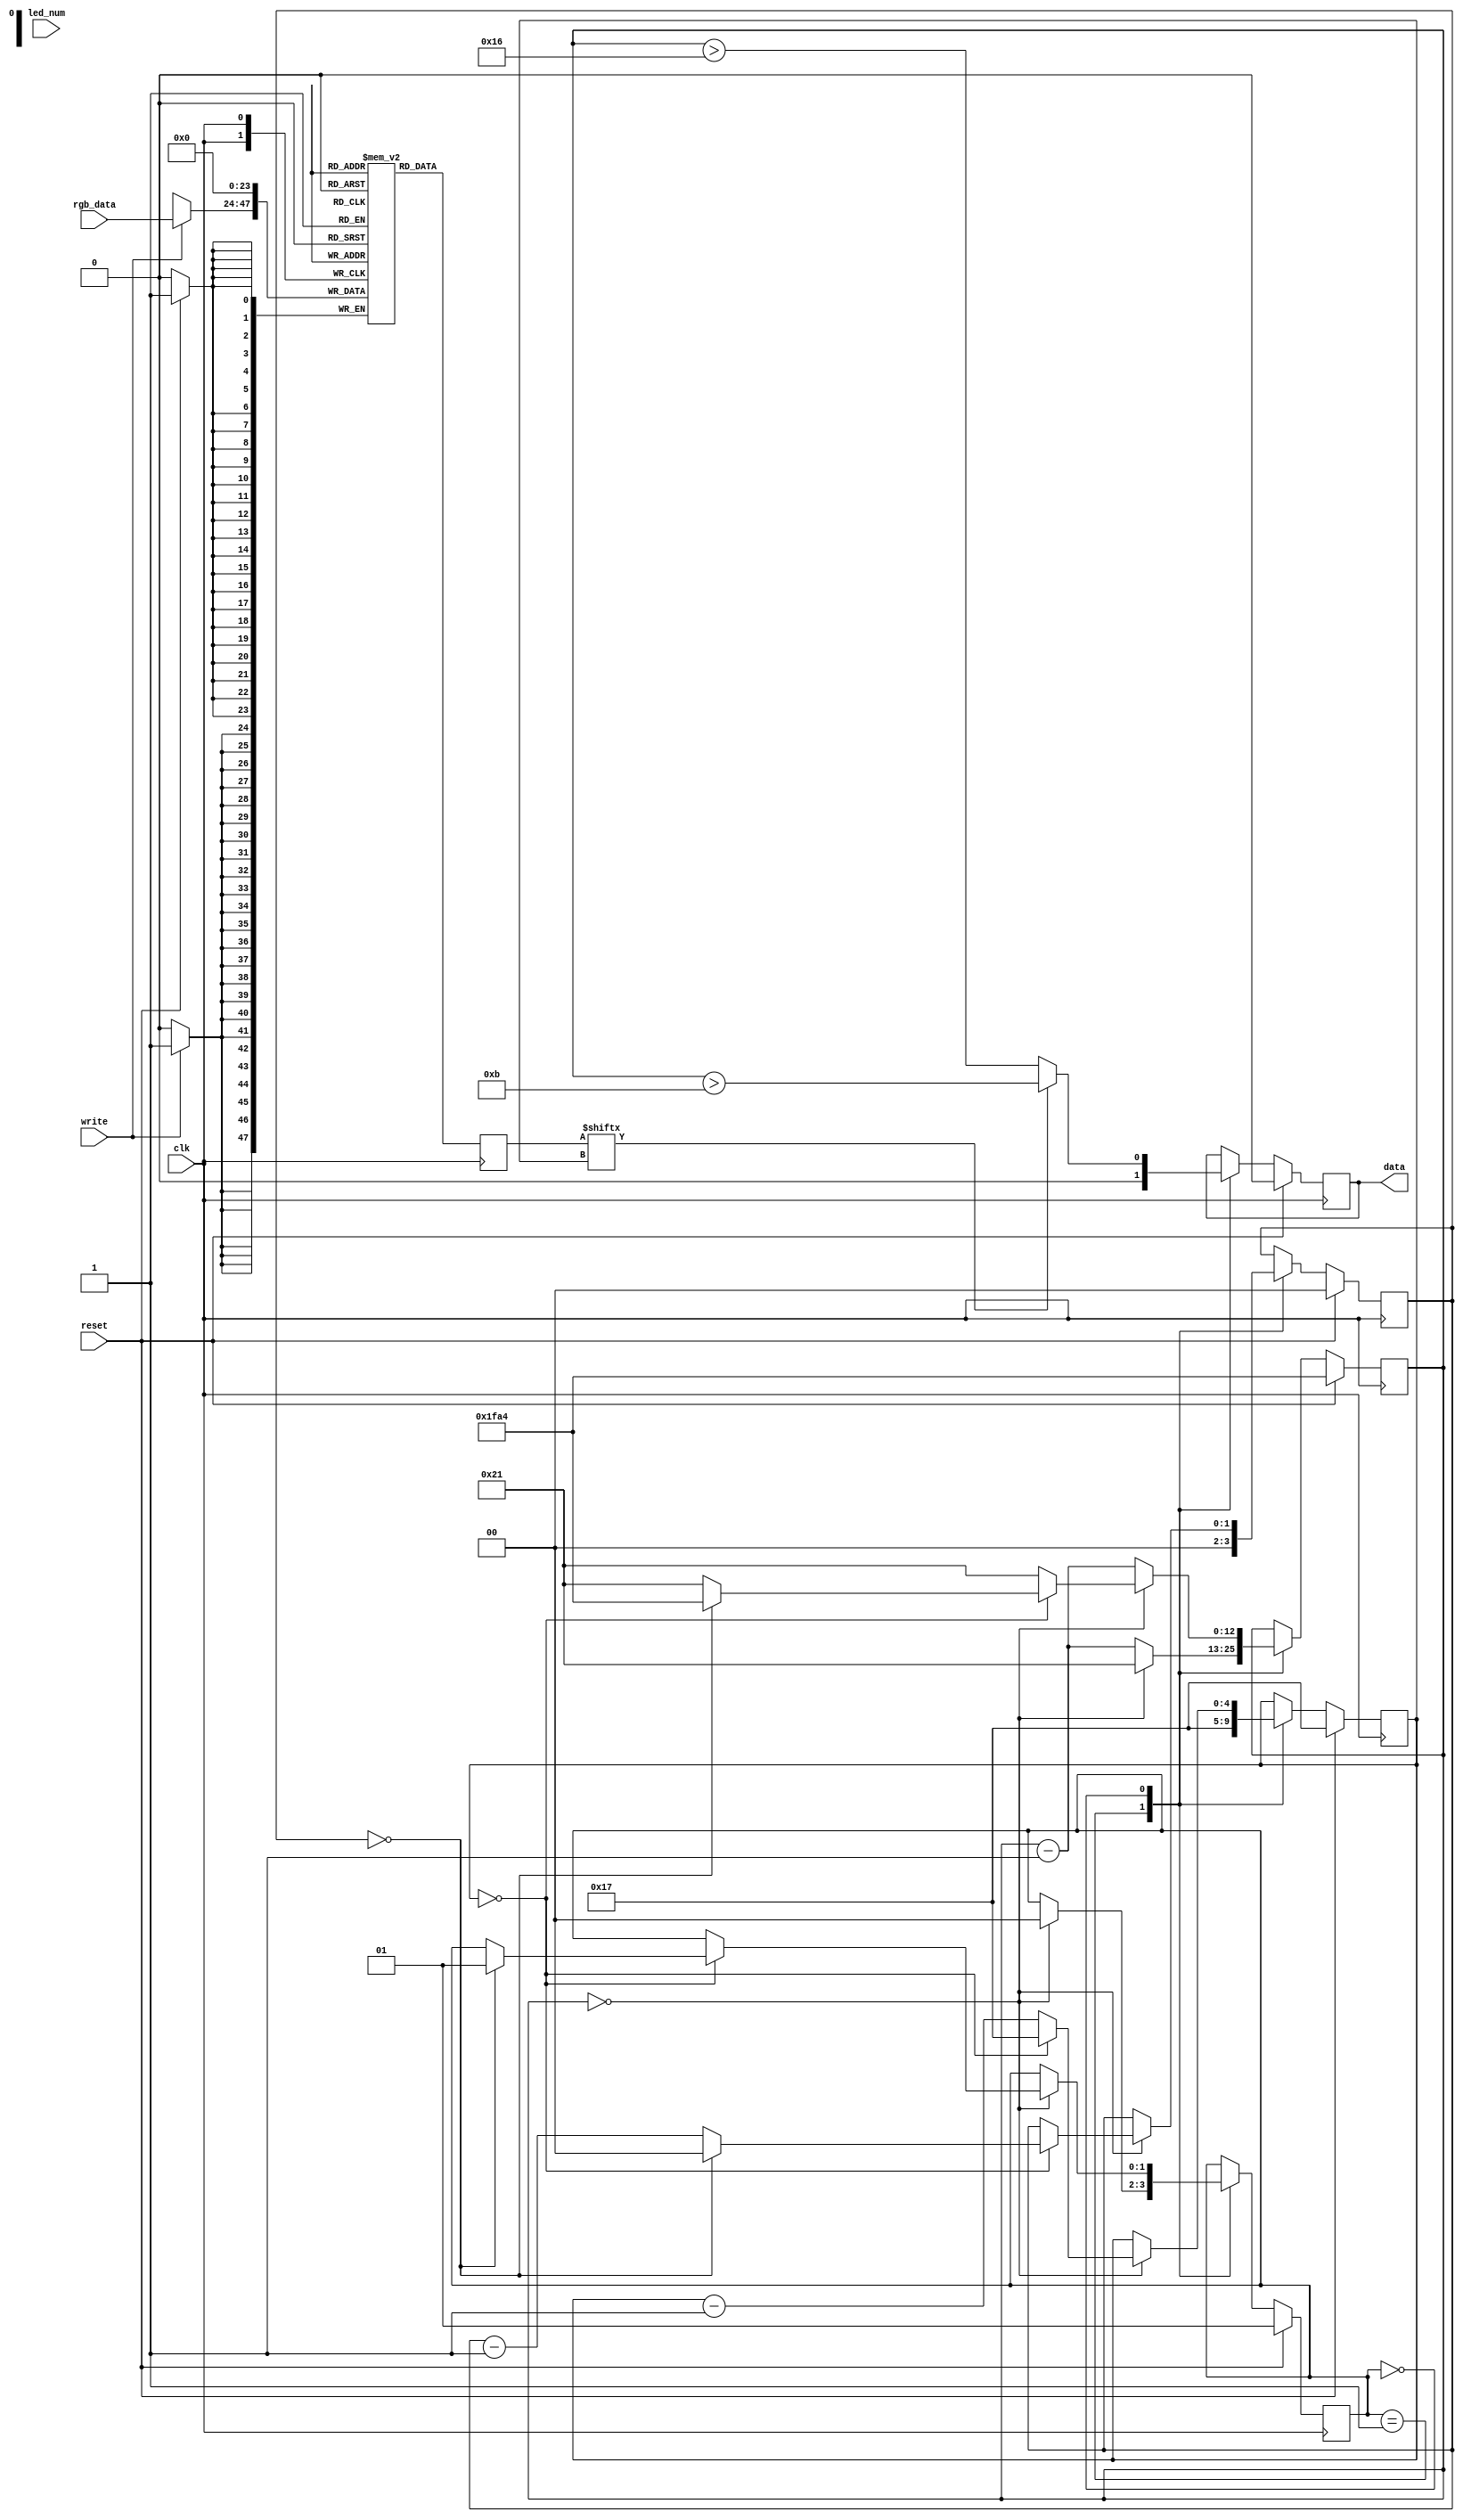
module ws2812b (
    input wire clk,
    input wire reset,
    input wire write,
    input wire [23:0] rgb_data,
    input wire [7:0] led_num,

    output reg data
);

    parameter  CLK_MHZ  = 27;
    parameter  NUM_LEDS = 1;
    localparam LED_BITS = $clog2(NUM_LEDS);

    parameter  t_on     = $rtoi($ceil(CLK_MHZ * 850   / 1000));
    parameter  t_off    = $rtoi($ceil(CLK_MHZ * 430   / 1000));
    parameter  t_reset  = $rtoi($ceil(CLK_MHZ * 300));
    localparam t_period = $rtoi($ceil(CLK_MHZ * 1250  / 1000));

    localparam COUNT_BITS = $clog2(t_reset);

    reg [23:0] led_reg [NUM_LEDS-1:0];

    reg [  LED_BITS-1:0] led_counter;
    reg [COUNT_BITS-1:0] bit_counter;
    reg [           4:0] rgb_counter;

    localparam STATE_DATA  = 0;
    localparam STATE_RESET = 1;

    reg [1:0] state;

    reg [23:0] led_color;

    always @(posedge clk) begin
        if(write)
            led_reg[led_num] <= rgb_data;
        led_color <= led_reg[led_counter];
    end

    integer i;

    always @(posedge clk)
        if(reset) begin

            for(i = 0; i < NUM_LEDS; i = i + 1)
                led_reg[i] <= 0;

            state <= STATE_RESET;
            bit_counter <= t_reset;
            rgb_counter <= 23;
            led_counter <= NUM_LEDS - 1;
            data <= 0;

        end else case(state)
            STATE_RESET: begin
                rgb_counter <= 5'd23;
                led_counter <= NUM_LEDS - 1;
                data <= 0;

                bit_counter <= bit_counter - 1;

                if(bit_counter == 0) begin
                    state <= STATE_DATA;
                    bit_counter <= t_period;
                end
            end

            STATE_DATA: begin
                if(led_color[rgb_counter])
                    data <= bit_counter > (t_period - t_on);
                else
                    data <= bit_counter > (t_period - t_off);

                bit_counter <= bit_counter - 1;

                if(bit_counter == 0) begin
                    bit_counter <= t_period;
                    rgb_counter <= rgb_counter - 1;

                    if(rgb_counter == 0) begin
                        led_counter <= led_counter - 1;
                        bit_counter <= t_period;
                        rgb_counter <= 23;

                        if(led_counter == 0) begin
                            state <= STATE_RESET;
                            led_counter <= NUM_LEDS - 1;
                            bit_counter <= t_reset;
                        end
                    end
                end
            end
        endcase
endmodule